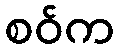
စဝ်က